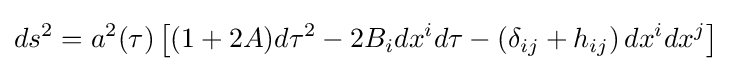
ds^{2}=a^{2}(\tau )\left[(1+2A)d\tau ^{2}-2B_{i}dx^{i}d\tau -\left(\delta _{ij}+h_{ij}\right)dx^{i}dx^{j}\right]